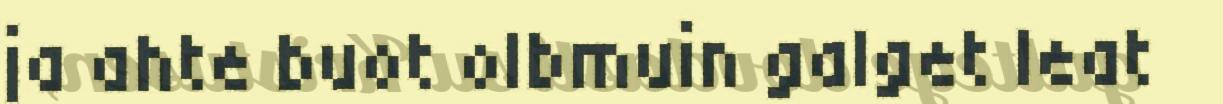
ja ahte buot olbmuin galget leat